Cholera in India, 1862 to 1881
Year: 1862
Disease focus: Cholera
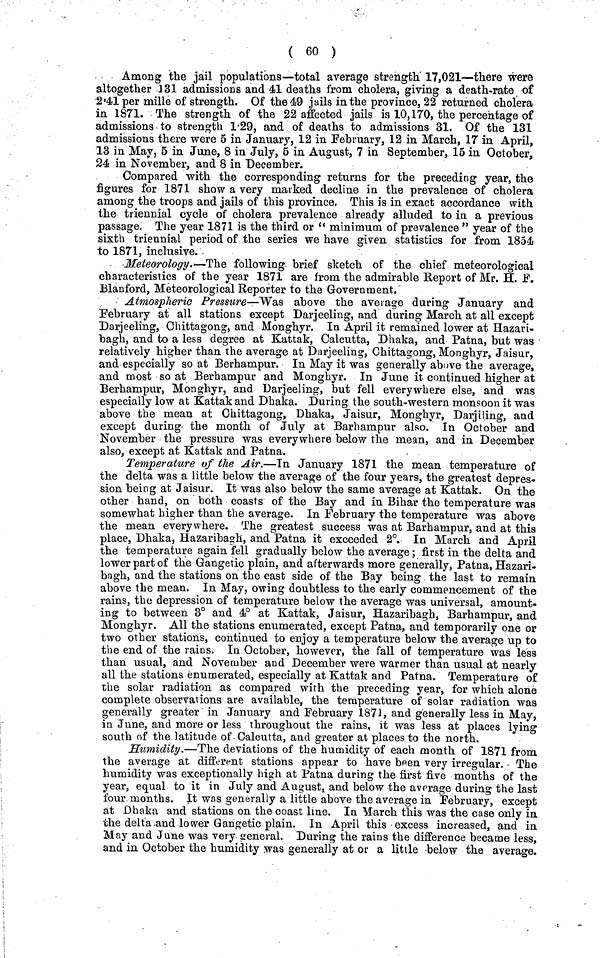
( 60 )
Among the jail populations—total average strength, 17,021—there were
altogether 131 admissions and 41 deaths from cholera, giving a death-rate of
2·41 per mille of strength. Of the 49 jails in the province, 22 returned cholera
in 1871. The strength of the 22 affected jails is 10,170, the percentage of
admissions to strength 1·29, and of deaths to admissions 31. Of the 131
admissions there were 5 in January, 12 in February, 12 in March, 17 in April,
13 in May, 5 in June, 8 in July, 6 in August, 7 in September, 15 in October,
24 in November, and 8 in December.
Compared with the corresponding returns for the preceding year, the
figures for 1871 show a very marked decline in the prevalence of cholera
among the troops and jails of this province. This is in exact accordance with
the triennial cycle of cholera prevalence already alluded to in a previous
passage. The year 1871 is the third or " minimum of prevalence " year of the
sixth triennial period of the series we have given, statistics for from 1854
to 1871, inclusive.
Meteorology.—The following brief sketch of the chief meteorological
characteristics of the year 1871 are from the admirable Report of Mr. H. F.
Blanford, Meteorological Reporter to the Government.
Atmospheric Pressure—"Was above the average during January and
[February at all stations except Darjeeling, and during March at all except
Darjeeling, Chittagong, and Monghyr. In April it remained lower at Hazari-
bagh, and to a less degree at Kattak, Calcutta, Dhaka, and Patna, but was
relatively higher than the average at Darjeeling, Chittagong, Monghyr, Jaisur,
and especially so at Berhampur. In May it was generally above the average,
and most so at Berhampur and Monghyr. In June it continued higher at
Berhampur, Monghyr, and Darjeeling, but fell everywhere else, and was
especially low at Kattak and Dhaka. During the south-western monsoon it was
above the mean at Chittagong, Dhaka, Jaisur, Monghyr, Darjiling, and
except during the month of July at Barhampur also. In October and
November the pressure was everywhere below the mean, and in December
also, except at Kattak and Patna.
Temperature of the Air.—In January 1871 the mean temperature of
the delta was a little below the average of the four years, the greatest depres-
sion being at Jaisur. It was also below the same average at Kattak. On the
other hand, on both coasts of the Bay and in Bihar the temperature was
somewhat higher than the average. In February the temperature was above
the mean, everywhere. The greatest success was at Barhampur, and at this
place, Dhaka, Hazaribagh, and Patna it exceeded 2°. In March and April
the temperature again fell gradually below the average; first in the delta and
lower part of the Gangetic plain, and afterwards more generally, Patna, Hazari-
bnghj and the stations on the east side of the Bay being the last to remain
above the mean. In May, owing doubtless to the early commencement of the
rains, the depression of temperature below the average was universal, amount-
ing to between 3° and 4° at Kattak, Jaisur, Hazaribagh, Barhampur, and
Monghyr. All the stations enumerated, except Patna, and temporarily one or
two other stations, continued to enjoy a temperature below the average up to
the end of the rains. In October, however, the fall of temperature was less
than usual, and November and December were warmer than usual at nearly
all the stations enumerated, especially at Kattak and Patna. Temperature of
the solar radiation as compared with the preceding year, for which alone
complete observations are available, the temperature of solar radiation was
generally greater in January and February 1871, and generally less in May,
in June, and more or less throughout the rains, it was less at places lying
south of the latitude of Calcutta, and greater at places to the north.
Humidity.—The deviations of the humidity of each month of 1871 from
the average at different stations appear to have been very irregular. The
humidity was exceptionally high at Patna during the first five months of the
year, equal to it in July and August, and below the average during the last
four months. It was generally a little above the average in February, except
at Dhaka and stations on the coast line. In March this was the case only in
the delta and lower Gangetic plain. In April this excess increased, and in
May and June was very general. During the rains the difference became less,
and in October the humidity was generally at or a little below the average.